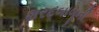
શરદબાબૂની